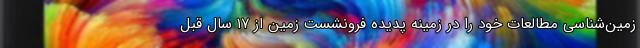
زمین‌شناسی مطالعات خود را در زمینه پدیده فرونشست زمین از ۱۷ سال قبل